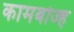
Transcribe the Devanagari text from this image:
कामबोज्ह